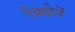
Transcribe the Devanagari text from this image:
भिक्षेनें